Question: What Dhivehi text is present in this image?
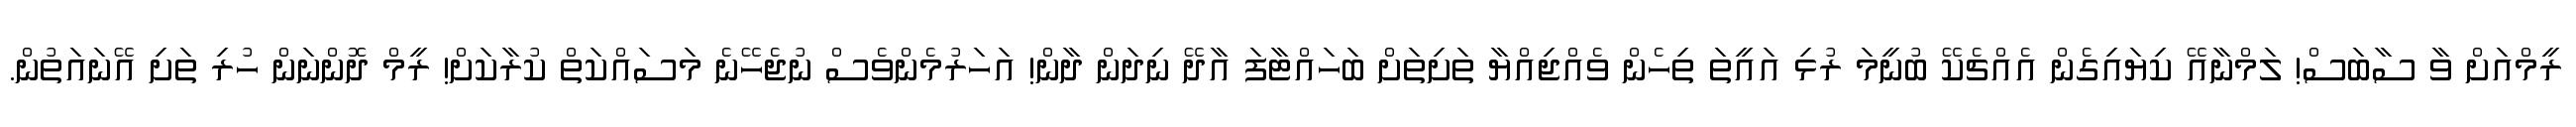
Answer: ރީމްއަށް ވާ ސާބަސް! ލަމްނާއޭ ކިޔައިގެން އެއްޗެކޭ ބުނީމަ ރުޅި އައީތަ ތިހެން ވެއްޖިއްޔާ ތަށިތަށް ބަހައްޓާފަ އާދޭ ނިދަން ދާން! އަހަރުމެންވެސް ނުޖެހޭނެ މަސައްކަތް ކުރާކަށް! ރީމް ދޮންނަން ހުރި ތަށި އޭނައަތުން.